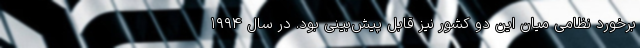
برخورد نظامی میان این دو کشور نیز قابل پیش‌بینی بود. در سال ۱۹۹۴